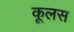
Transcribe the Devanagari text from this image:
कूलस